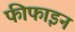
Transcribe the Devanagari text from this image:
फीफाइन